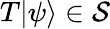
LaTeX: T\vert\psi\rangle\in{\mathcal{S}}